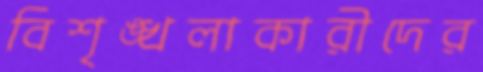
বিশৃঙ্খলাকারীদের